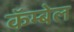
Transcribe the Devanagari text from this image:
कॅम्बेल